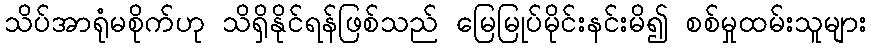
သိပ်အာရုံမစိုက်ဟု သိရှိနိုင်ရန်ဖြစ်သည် မြေမြုပ်မိုင်းနင်းမိ၍ စစ်မှုထမ်းသူများ